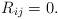
\begin{align*} R_{ij}= 0 .\end{align*}